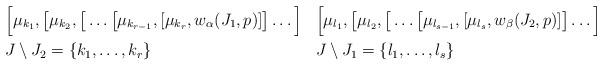
LaTeX: \begin{align*} &\Big[\mu_{k_1}, \big[\mu_{k_2},\big[\ldots\big[\mu_{k_{r-1}},[\mu_{k_r}, w_{\alpha}(J_1, p)]\big]\ldots\Big] &&\Big[\mu_{l_1}, \big[\mu_{l_2},\big[\ldots\big[\mu_{l_{s-1}},[\mu_{l_s}, w_{\beta}(J_2, p)]\big]\ldots\Big] \\ & J\setminus J_2 = \{k_1,\ldots, k_r\} && J\setminus J_1 = \{l_1,\ldots, l_s\}\end{align*}